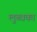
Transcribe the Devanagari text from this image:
लुब्धका